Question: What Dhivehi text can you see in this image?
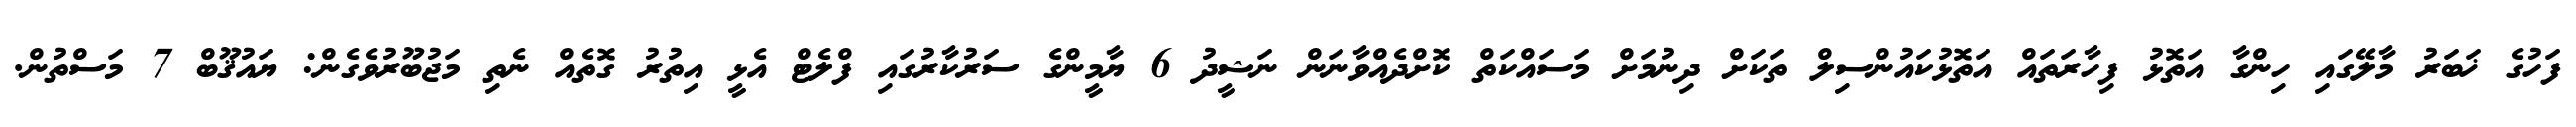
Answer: ފަހުގެ ޚަބަރު މާލޭގައި ހިންގާ އަތޮޅު ފިހާރަތައް އަތޮޅުކައުންސިލް ތަކަށް ދިނުމަށް މަސައްކަތް ކޮށްދެއްވާނަން ނަޝީދު 6 ޔާމީންގެ ސަރުކާރުގައި ފްލެޓް އެޅީ އިތުރު ގޮތެއް ނެތި މަޖުބޫރުވެގެން: ޔައުޤޫބް 7 މަސްތުން.